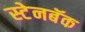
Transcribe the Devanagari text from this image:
स्टेनबॅक